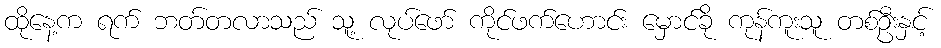
ထိုနေ့က ရက် ဘတ်တလာသည် သူ့ လုပ်ဖော် ကိုင်ဖက်ဟောင်း မှောင်ခို ကုန်ကူးသူ တစ်ဦးနှင့်